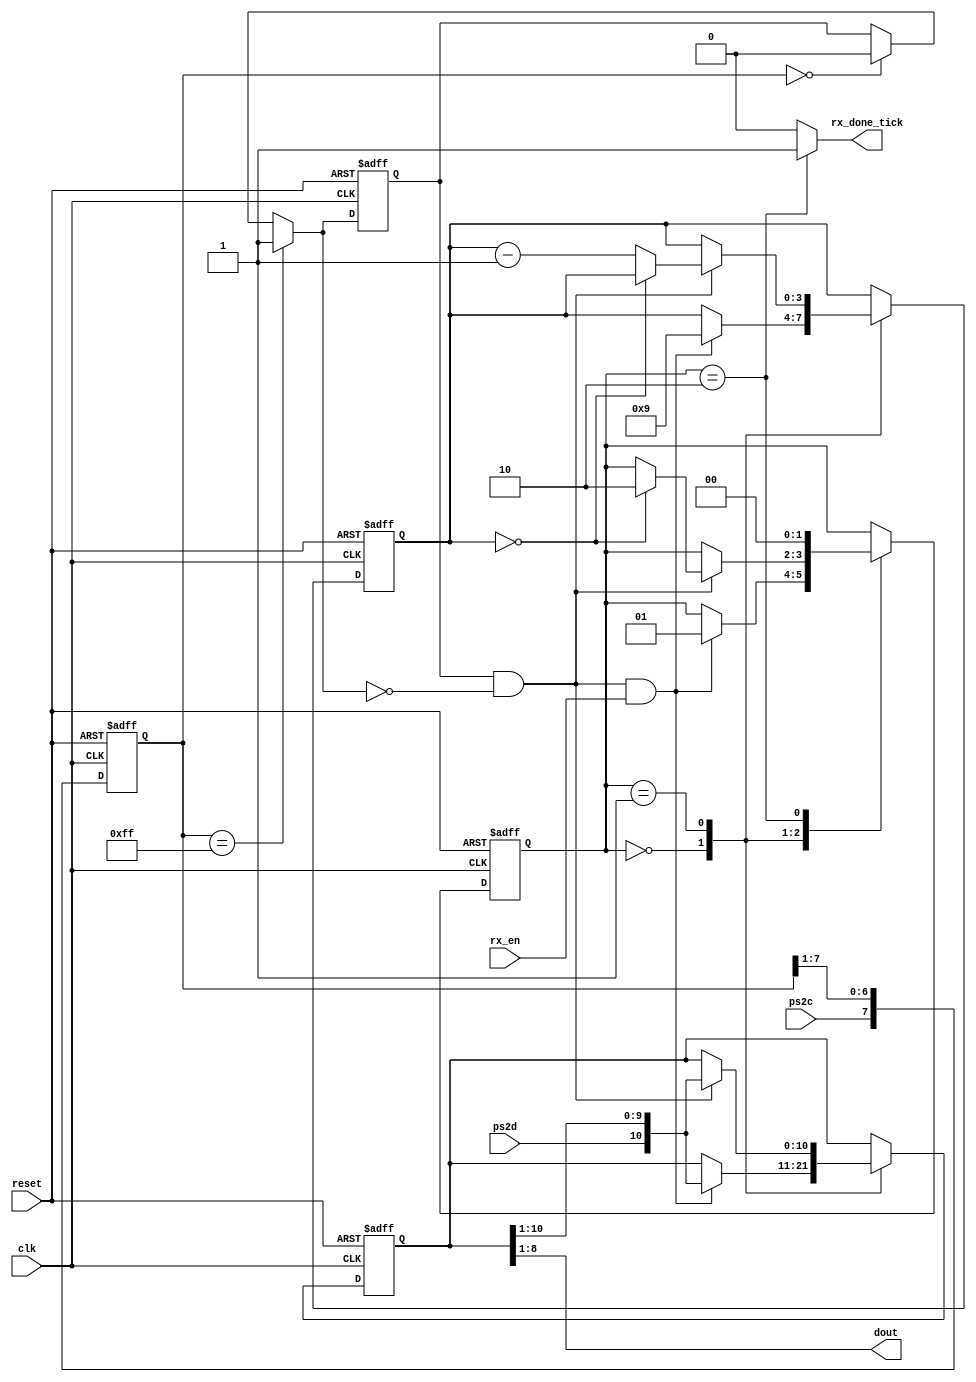
`timescale 1ns / 1ps
//////////////////////////////////////////////////////////////////////////////////
// Design Name:
// Module Name:    ps2_portreceiver
// Project Name:    CONTROLADOR RTC CON PICOBLAZE
// Target Devices:  artix 7
// Tool versions:
// Description:   modulo para la recepcion de datos del teclado, genera una registro con la
//                tecla que se presiono
// Additional Comments: tomado del libro de Pong Chu
//
//////////////////////////////////////////////////////////////////////////////////
module ps2_portreceiver(
  input clk,reset,
  input ps2d,ps2c, rx_en,
  output reg rx_done_tick,
  output wire [7:0] dout
    );

      localparam [1:0] idle=2'b00, dps=2'b01 , load=2'b10 ;
      reg [1:0] state_reg, state_next;
      reg [7:0] filter_reg;
      wire [7:0] filter_next;
      reg f_ps2c_reg ;
      wire f_ps2c_next ;
      reg [3:0] n_reg , n_next ;
      reg [10:0] b_reg , b_next ;
      wire fall_edge ;

always @(posedge clk, posedge reset)
    if (reset)
        begin
            filter_reg  <= 0;
            f_ps2c_reg <= 0;
        end
    else begin
            filter_reg<= filter_next;
            f_ps2c_reg<= f_ps2c_next;
        end

assign filter_next = {ps2c, filter_reg[7:1]};
assign f_ps2c_next = (filter_reg==8'b11111111) ? 1'b1:
                     (filter_reg == 8'b00000000) ? 1'b0 :
                     f_ps2c_reg;

assign fall_edge = f_ps2c_reg & ~f_ps2c_next;

//------------------------------
//maquina de estados
//------------------------------
always @(posedge clk, posedge reset)
      if (reset)
          begin
              state_reg <= idle;
              n_reg <= 0 ;
              b_reg <= 0 ;
          end
      else begin
              state_reg <= state_next ;
              n_reg <= n_next;
              b_reg <= b_next;
      end
//---------------------------------------------
//logica de estado siguiente
//---------------------------------------------

always @* begin
          state_next = state_reg;
          rx_done_tick = 1'b0;
          n_next = n_reg;
          b_next = b_reg;
      case (state_reg)
      idle:
            if (fall_edge & rx_en)
            begin
                // shift in start bit
                b_next = { ps2d, b_reg [10:1]} ;
                n_next = 4'b1001;
                state_next = dps;
            end

      dps: // 8datu + Iparity + Istop
            if (fall_edge) begin
                b_next = { ps2d , b_reg [10:1] };
                if (n_reg==0)
                    state_next = load;
                else
                    n_next = n_reg - 1 ;
            end

      load: // Iextra clock to complete the last
            begin
                  state_next = idle;
                  rx_done_tick = 1'b1 ;
            end
      endcase
end

//SALIDA

assign dout = b_reg[8:1];


endmodule